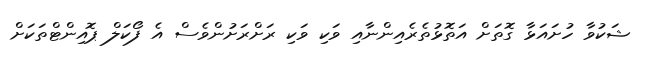
ޝަކުވާ ހުށައަޅާ ގޮތަށް އަތޮޅުތެރެއިންނާއި ވަކި ވަކި ރަށްރަށުންވެސް އެ ފޯކަލް ޕޮއިންޓްތަކަށް